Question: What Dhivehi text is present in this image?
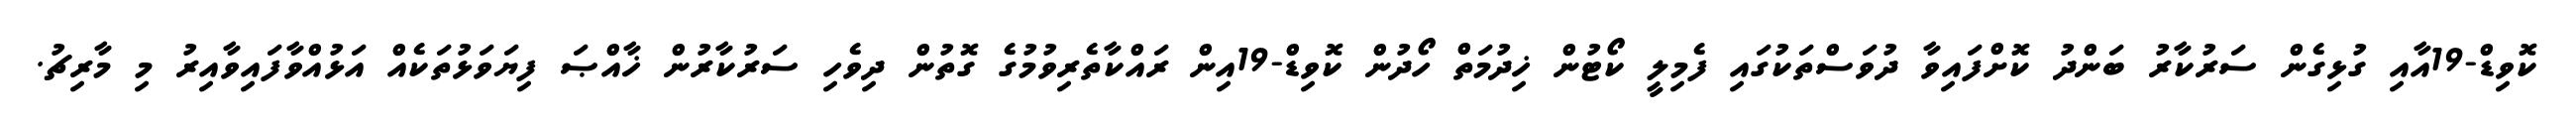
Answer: ކޮވިޑް-19އާއި ގުޅިގެން ސަރުކާރު ބަންދު ކޮށްފައިވާ ދުވަސްތަކުގައި ފެމިލީ ކޯޓުން ޚިދުމަތް ހޯދުން ކޮވިޑް-19އިން ރައްކާތެރިވުމުގެ ގޮތުން ދިވެހި ސަރުކާރުން ޚާއްޞަ ފިޔަވަޅުތަކެއް އަޅުއްވާފައިވާއިރު މި މާރިޗު.